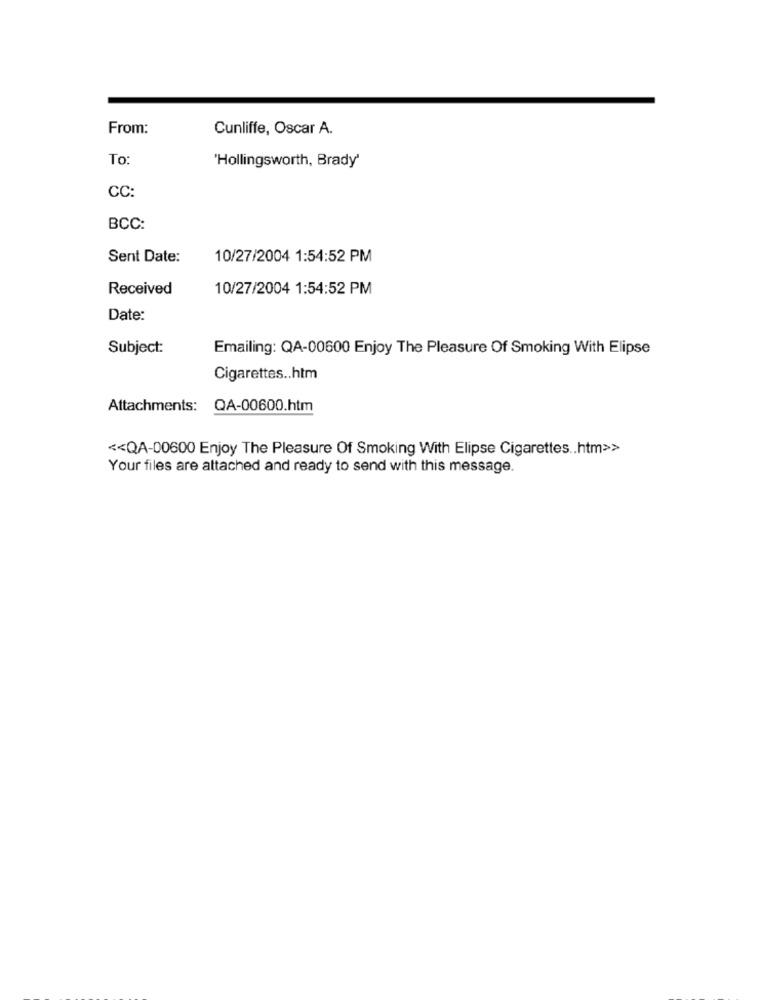
From:
Cunliffe, Oscar A.
To
'Hollingsworth, Brady'
CC:
BCC:
Sent Date:
10/27/2004 1:54:52 PM
Received
10/27/2004 1:54:52 PM
Date:
Subject:
Emailing: QA-00600 Enjoy The Pleasure Of Smoking With Elipse
Cigarettes .. htm
Attachments: QA-00600.htm
<< QA-00600 Enjoy The Pleasure Of Smoking With Elipse Cigarettes .. htm>>
Your files are attached and ready to send with this message.